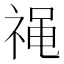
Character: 𫀓